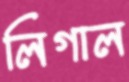
লিগাল